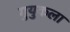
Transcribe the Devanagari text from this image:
गुयुकला